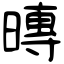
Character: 暷